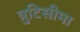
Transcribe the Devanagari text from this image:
त्रुटिसीमा